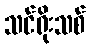
သင်ရိုးသစ်